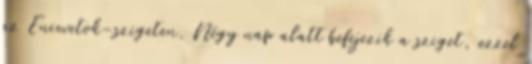
az Eniwetok-szigeten. Négy nap alatt befejezik a sziget, ezzel